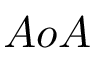
A o A